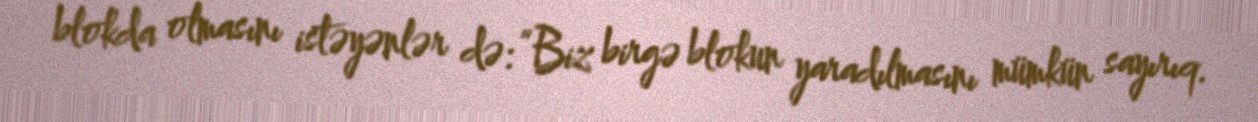
blokda olmasını istəyənlər də: “Biz birgə blokun yaradılmasını mümkün sayırıq.